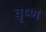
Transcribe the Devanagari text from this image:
वृष्ण